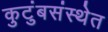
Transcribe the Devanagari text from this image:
कुटुंबसंस्थेत